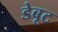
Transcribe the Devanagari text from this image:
डेबूट